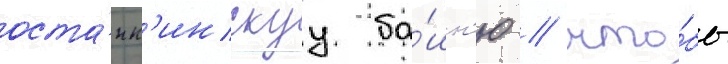
оста́нк'инскуу ба́шн'ю / что́бы